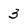
Character: 3